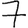
Digit: 7